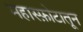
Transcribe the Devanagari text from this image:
महास्फ़ोटातून